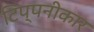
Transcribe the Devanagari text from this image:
टिप्पनीकार